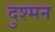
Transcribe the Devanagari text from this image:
दुश्‍मन